Report on sanitation, dispensaries, and jails in Rajputana for 1910, and on vaccination for the year 1910-1911 - 1910-1911
Year: 1910
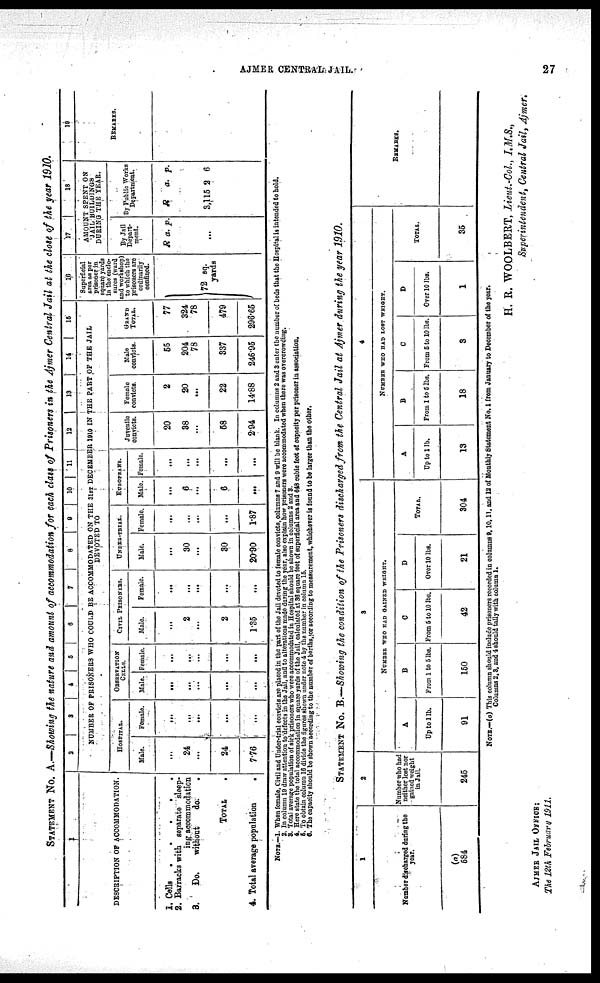
AJMER CENTRAL JAIL.
27
STATEMENT No. A.—Showing the nature and amount of accommodation for each class of Prisoners in the Ajmer Central Jail at the close of the year 1910.
1
DESCRIPTION OF ACCOMMODATION.
1. Cells
.
.
.
.
.
2. Barracks with separate sleep-
ing accommodation
3.
Do.
without
do.
.
TOTAL .
4. Total average population
.
2
3 4 5
6
7
8 9 10 11 12
13
14
15
NUMBER OF PRISONERS WHO COULD BE ACCOMMODATED ON THE 3lST DECEMBER 1910 IN THE PART OF THE JAIL
DEVOTED TO
HOSPITAL.
Male.
...
24
...
24
7.76
Female.
...
...
...
...
...
OBSERVATION
CELLS.
Male.
...
...
...
...
...
Female.
...
...
...
...
...
CIVIL PRISONERS.
Male.
...
2
...
2
1.35
Female.
...
...
...
...
UNDER-TRIAL.
Male.
...
30
...
30
20.90
Female.
...
...
...
...
1.87
EUROPEANS.
Male.
...
6
...
6
...
Female.
...
...
...
...
...
Juvenile
convicts.
20
38
...
58
2.94
Female
convicts.
2
20
...
22
14.88
Male
convicts.
55
204
78
337
246.95
GRAND
TOTAL.
77
324
78
479
296.65
16
Superficial
area as per
prisoner in
square yards
in the enclo-
sures (ward
and workshop)
to which the
prisoners are
ordinarily
confined.
72 sq.
yards
17
18
AMOUNT SPENT ON
JAIL BUILDINGS
DURING THE YEAR.
By Jail
Depart-
ment.
R a. p.
...
By Public Works
Department.
R.
3,115
a.
2
p.
6
19
REMARKS.
NOTE.—1. When female, Civil and Under-trial convicts are placed in the part of the Jail devoted to female convicts, columns 7 and 9 will be blank. In columns 2 and 3 enter the number of beds that the Hospital is intended to hold.
2. In column 19 draw attention to defects in the Jail, and to alterations made during the year, also explain how prisoners were accommodated when there was overcrowding.
3. Total average population of sick prisoners who were accommodated in Hospital should be shown in columns 2 and 3.
4. Here state the total accommodation in square yards of the Jail, calculated at 36 square feet of superficial area and 648 cubic feet of capacity per prisoner in association.
5. To obtain column 16 divide the figures shown under note 4 by the number in column 15.
6. The capacity should be shown according to the number of berths,for according to measurement, whichever is found to be larger than the other.
STATEMENT No. B.—Showing the condition of the Prisoners discharged from the Central Jail at Ajmer during the year 1910.
1
Number discharged during the
year.
(a)
584
2
Number who had
neither lost nor
gained weight
in Jail.
245
3
NUMBER WHO HAD GAINED WEIGHT.
a
Up to 1lb.
91
B
From 1 to 6 lbs.
150
C
From 5 to 10 lbs.
42
D
Over 10 lbs.
21
TOTAL.
304
4
NUMBER WHO HAD LOST WEIGHT.
A
Up to 1 lb.
13
B
From 1 to 6 lbs.
18
C
From 5 to 10 lbs.
3
D
Over 10 lbs.
1
TOTAL.
35
REMARKS.
NOTE.—(a) This column should include prisoners recorded in columns 9,10,11, and 12 of Monthly Statement No. 1 from January to December of the year.
Columns 2,3, and 4 should tally with column 1.
H. R. WOOLBERT, Lieut.-Col., I.M.S.,
Superintendent, Central Jail, Ajmer.
AJMER JAIL OFFICE:
The 12th February 1911.